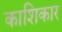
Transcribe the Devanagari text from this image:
काशिकार